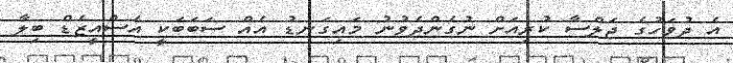
އެ ދުވަހުގެ ޖަލްސާ ކުރިއަށް ނުގެންދެވުނު މައިގަނޑު އެއް ސަބަބަކީ އެސްއީޒެޑް ބިލާ